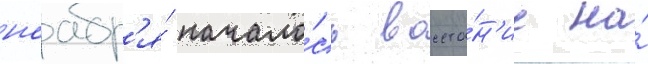
ноабр'я́ начало́сь восста́н'ие на́